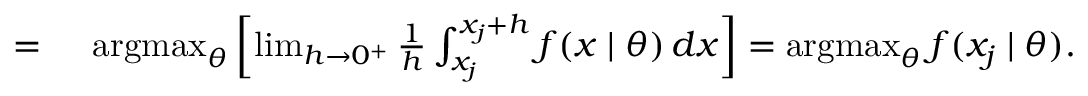
\begin{array} { r l } { = { } } & { { } \operatorname { a r g m a x } _ { \theta } \left[ \operatorname* { l i m } _ { h \to 0 ^ { + } } { \frac { 1 } { h } } \int _ { x _ { j } } ^ { x _ { j } + h } f ( x \mid \theta ) \, d x \right] = \operatorname { a r g m a x } _ { \theta } f ( x _ { j } \mid \theta ) . } \end{array}